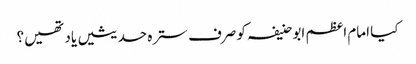
کیا امام اعظم ابوحنیفہ کو صرف سترہ حدیثیں یاد تھیں؟